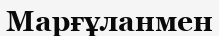
Марғұланмен